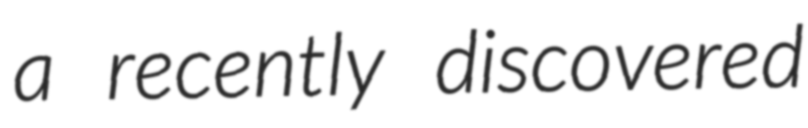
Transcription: a recently discovered